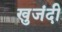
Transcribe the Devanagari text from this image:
खुजंदी